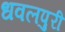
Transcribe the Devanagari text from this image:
धवलपुरी